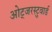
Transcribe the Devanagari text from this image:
ओट्जरस्टुवार्ड